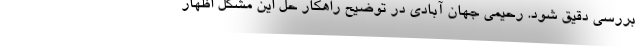
بررسی دقیق شود. رحیمی جهان آبادی در توضیح راهکار حل این مشکل اظهار